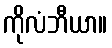
ကိုလံဘီယာ။